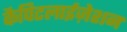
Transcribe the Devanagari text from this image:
कैपिटलाईज़ेशन